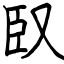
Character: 臤